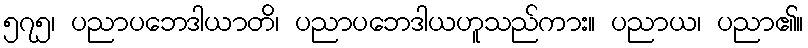
၅၇၅၊ ပညာပဘေဒါယာတိ၊ ပညာပဘေဒါယဟူသည်ကား။ ပညာယ၊ ပညာ၏။